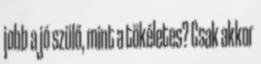
jobb a jó szülő, mint a tökéletes? Csak akkor